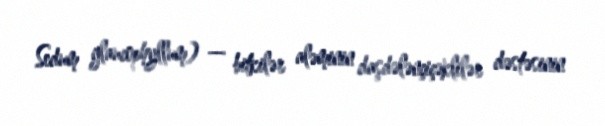
Sedum glaucophyllum) — bitkilər aləminin daşdələnçiçəklilər dəstəsinin